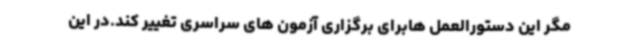
مگر این دستورالعمل هابرای برگزاری آزمون های سراسری تغییر کند.در این